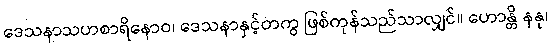
ဒေသနာသဟစာရိနောဝ၊ ဒေသနာနှင့်တကွ ဖြစ်ကုန်သည်သာလျှင်။ ဟောန္တိ နနု၊